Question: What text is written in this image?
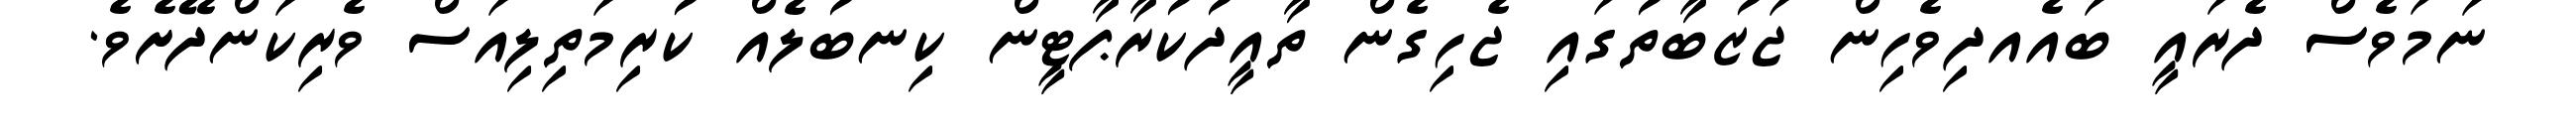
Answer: ނަމަވެސް ދެރައީ ބައެއދިވެހިން ޖަޒުބާތުގައި ޖެހިގެން ތާއީދުކުރާޕާޓީން ކިނބުލެއް ކުރިމަތިލިއަސް ވެރިކަންދޭށެވެ.